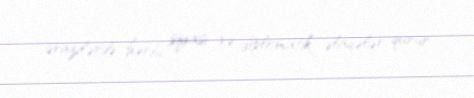
ərazilərdə hərbi, siyasi və diplomatik əlaqələr qurur.